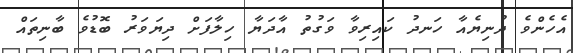
އެހެންވެ ދުނިޔެއާ ހަނދު ކައިރިވާ ވަގުތު އާދަޔާ ހިލާފަށް ދިޔަވަރު ބޮޑުވެ ބާނިތައް